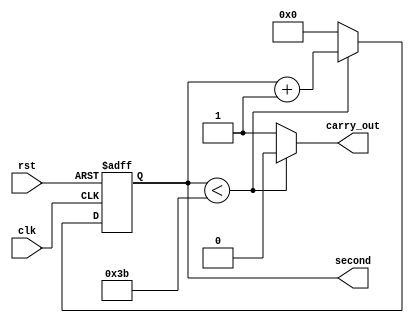
`timescale 1ns / 1ps
//////////////////////////////////////////////////////////////////////////////////
// Company: 
// Engineer: 
// 
// Design Name: 
// Module Name: second
// Project Name: 
// Target Devices: 
// Tool Versions: 
// Description: 
// 
// Dependencies: 
// 
// Revision:
// Revision 0.01 - File Created
// Additional Comments:
// 
//////////////////////////////////////////////////////////////////////////////////


module second(
    clk,
    rst, 
    second,
    carry_out
    );
    input clk;
    input rst;
    
    output reg [6:0]second;
    output reg carry_out;
    
    reg [6:0]second_next;
    always@*
        if (second<59) begin
            second_next = second + 1;
            carry_out = 0;
            end
        else begin
            second_next = 0;
            carry_out = 1;
            end
    always@(posedge clk or posedge rst)
        if(rst) second <= 0;
        else second <= second_next;
endmodule